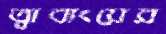
ত্বাবাংয়ের